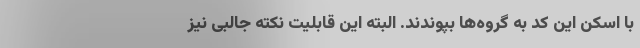
با اسکن این کد به گروه‌ها بپوندند. البته این قابلیت نکته جالبی نیز